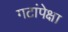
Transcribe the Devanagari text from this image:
गटांपेक्षा